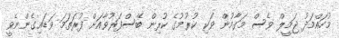
މުހައްމަދު ޖަމީލް ވެސް މަގާމުން ވަކި ކުރުމުގެ ކުރިން ބޭސްފަރުވާއަށް ފުރަތަމަ ވަޑައިގެންނެވީ